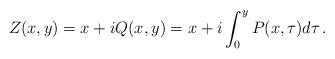
LaTeX: \begin{align*} Z(x,y)=x+iQ(x,y)=x+i\int_0^yP(x,\tau)d\tau\, . \end{align*}